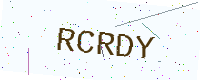
Text: RCRDY